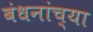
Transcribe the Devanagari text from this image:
बंधनांच्या